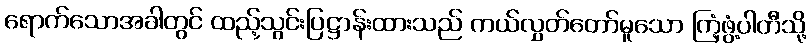
ရောက်သောအခါတွင် ထည့်သွင်းပြဋ္ဌာန်းထားသည် ကယ်လွှတ်တော်မူသော ကြံ့ဖွံ့ပါတီသို့